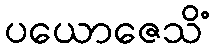
ပယောဇေသိံ